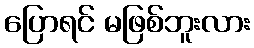
ပြောရင် မဖြစ်ဘူးလား